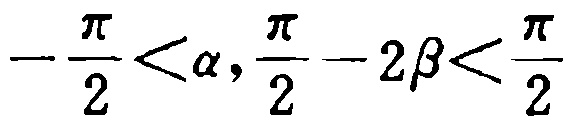
\(-\frac{\pi}{2}<\alpha,\frac{\pi}{2}-2\beta<\frac{\pi}{2}\)